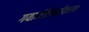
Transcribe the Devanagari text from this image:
गया।निगमीकरण